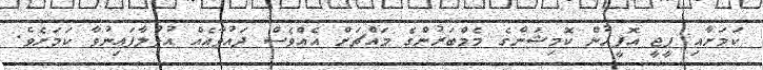
ކަމަށާއި ޕީޖީ އޮފީހުން ކޮމިޝަންގެ މެމްބަރުންގެ މައްޗަށް އެއްވެސް ދައުވާއެއް އުފުލާފައިނުވާ ކަމަށެވެ.